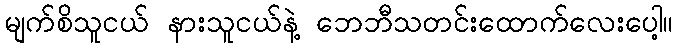
မျက်စိသူငယ် နားသူငယ်နဲ့ ဘေဘီသတင်းထောက်လေးပေါ့။